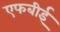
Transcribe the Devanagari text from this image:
एफबीई